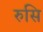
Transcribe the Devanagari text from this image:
रुसि